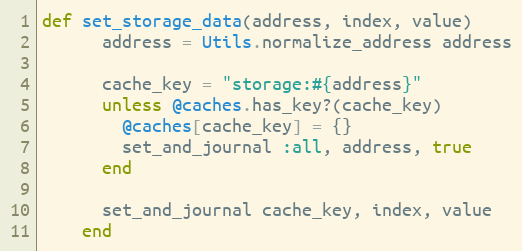
Language: Ruby
def set_storage_data(address, index, value)
      address = Utils.normalize_address address

      cache_key = "storage:#{address}"
      unless @caches.has_key?(cache_key)
        @caches[cache_key] = {}
        set_and_journal :all, address, true
      end

      set_and_journal cache_key, index, value
    end